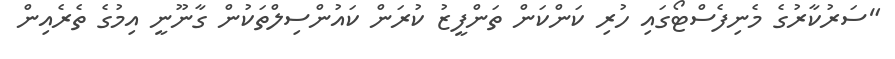
"ސަރުކާރުގެ މެނިފެސްޓޯގައި ހުރި ކަންކަން ތަންފީޒު ކުރަން ކައުންސިލްތަކުން ގާނޫނީ އިމުގެ ތެރެއިން